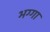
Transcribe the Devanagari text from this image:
भग्गा